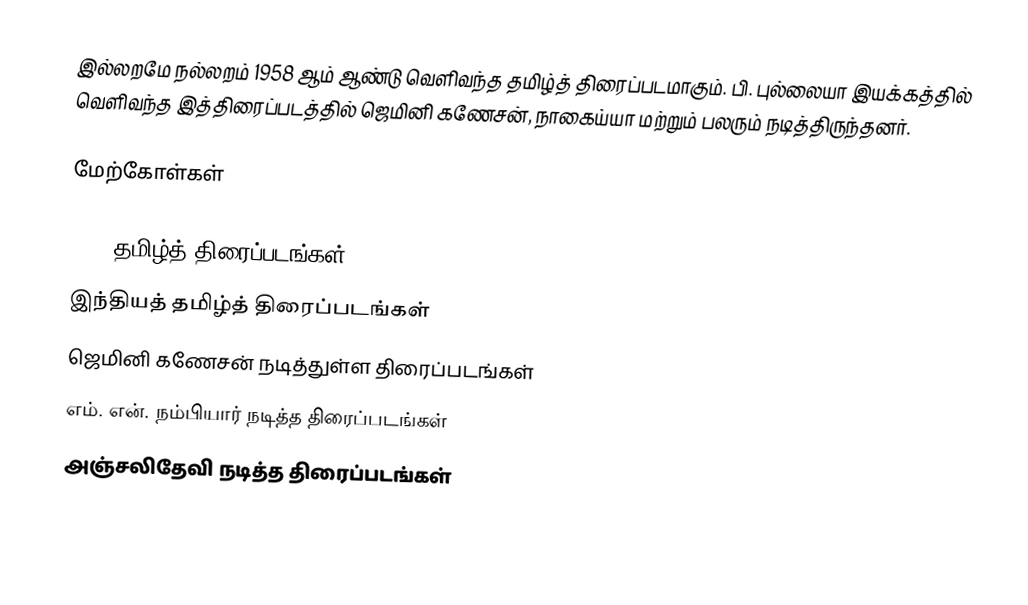
இல்லறமே நல்லறம் 1958 ஆம் ஆண்டு வெளிவந்த தமிழ்த் திரைப்படமாகும். பி. புல்லையா இயக்கத்தில் வெளிவந்த இத்திரைப்படத்தில் ஜெமினி கணேசன், நாகைய்யா மற்றும் பலரும் நடித்திருந்தனர்.

மேற்கோள்கள்

1958 தமிழ்த் திரைப்படங்கள்
இந்தியத் தமிழ்த் திரைப்படங்கள்
ஜெமினி கணேசன் நடித்துள்ள திரைப்படங்கள்
எம். என். நம்பியார் நடித்த திரைப்படங்கள்
அஞ்சலிதேவி நடித்த திரைப்படங்கள்